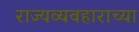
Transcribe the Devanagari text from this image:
राज्यव्यवहाराच्या